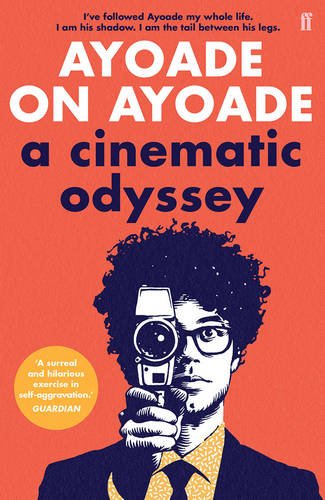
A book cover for Ayoade on Ayoade; Richard Ayoade; Humor & Entertainment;